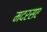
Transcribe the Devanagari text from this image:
मदरसए